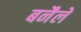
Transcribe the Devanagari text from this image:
बनैले